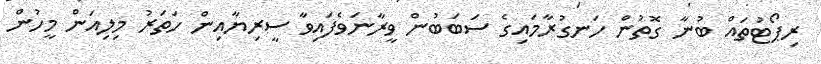
ރިޕޯޓުތައް ބުނާ ގޮތުން ހަނގުރާމައިގެ ސަބަބުން ވީރާނަވެފައިވާ ސީރިޔާއިން ހަތަރު މިލިއަން މީހުން